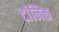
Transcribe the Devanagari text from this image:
टांनिक